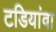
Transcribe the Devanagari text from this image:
टडियांवा